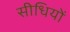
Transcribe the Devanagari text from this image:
सीधियों